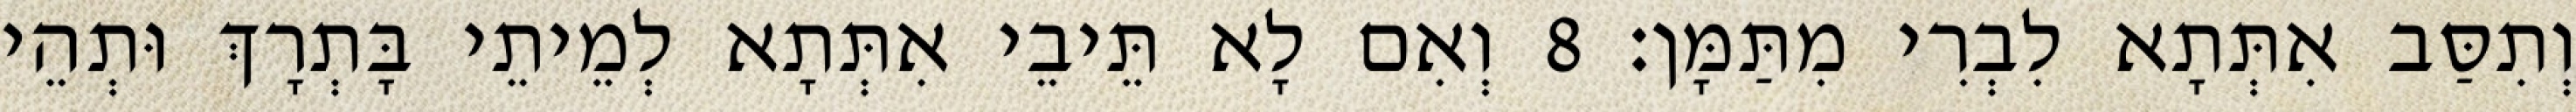
וְתִסַּב אִתְּתָא לִבְרִי מִתַּמָּן׃ 8 וְאִם לָא תֵּיבֵי אִתְּתָא לְמֵיתֵי בָּתְרָךְ וּתְהֵי